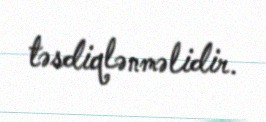
təsdiqlənməlidir.